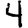
Digit: 4